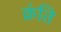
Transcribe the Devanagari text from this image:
क्रंति